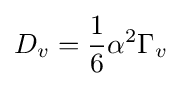
D_{v}={\frac {1}{6}}\alpha ^{2}\Gamma _{v}